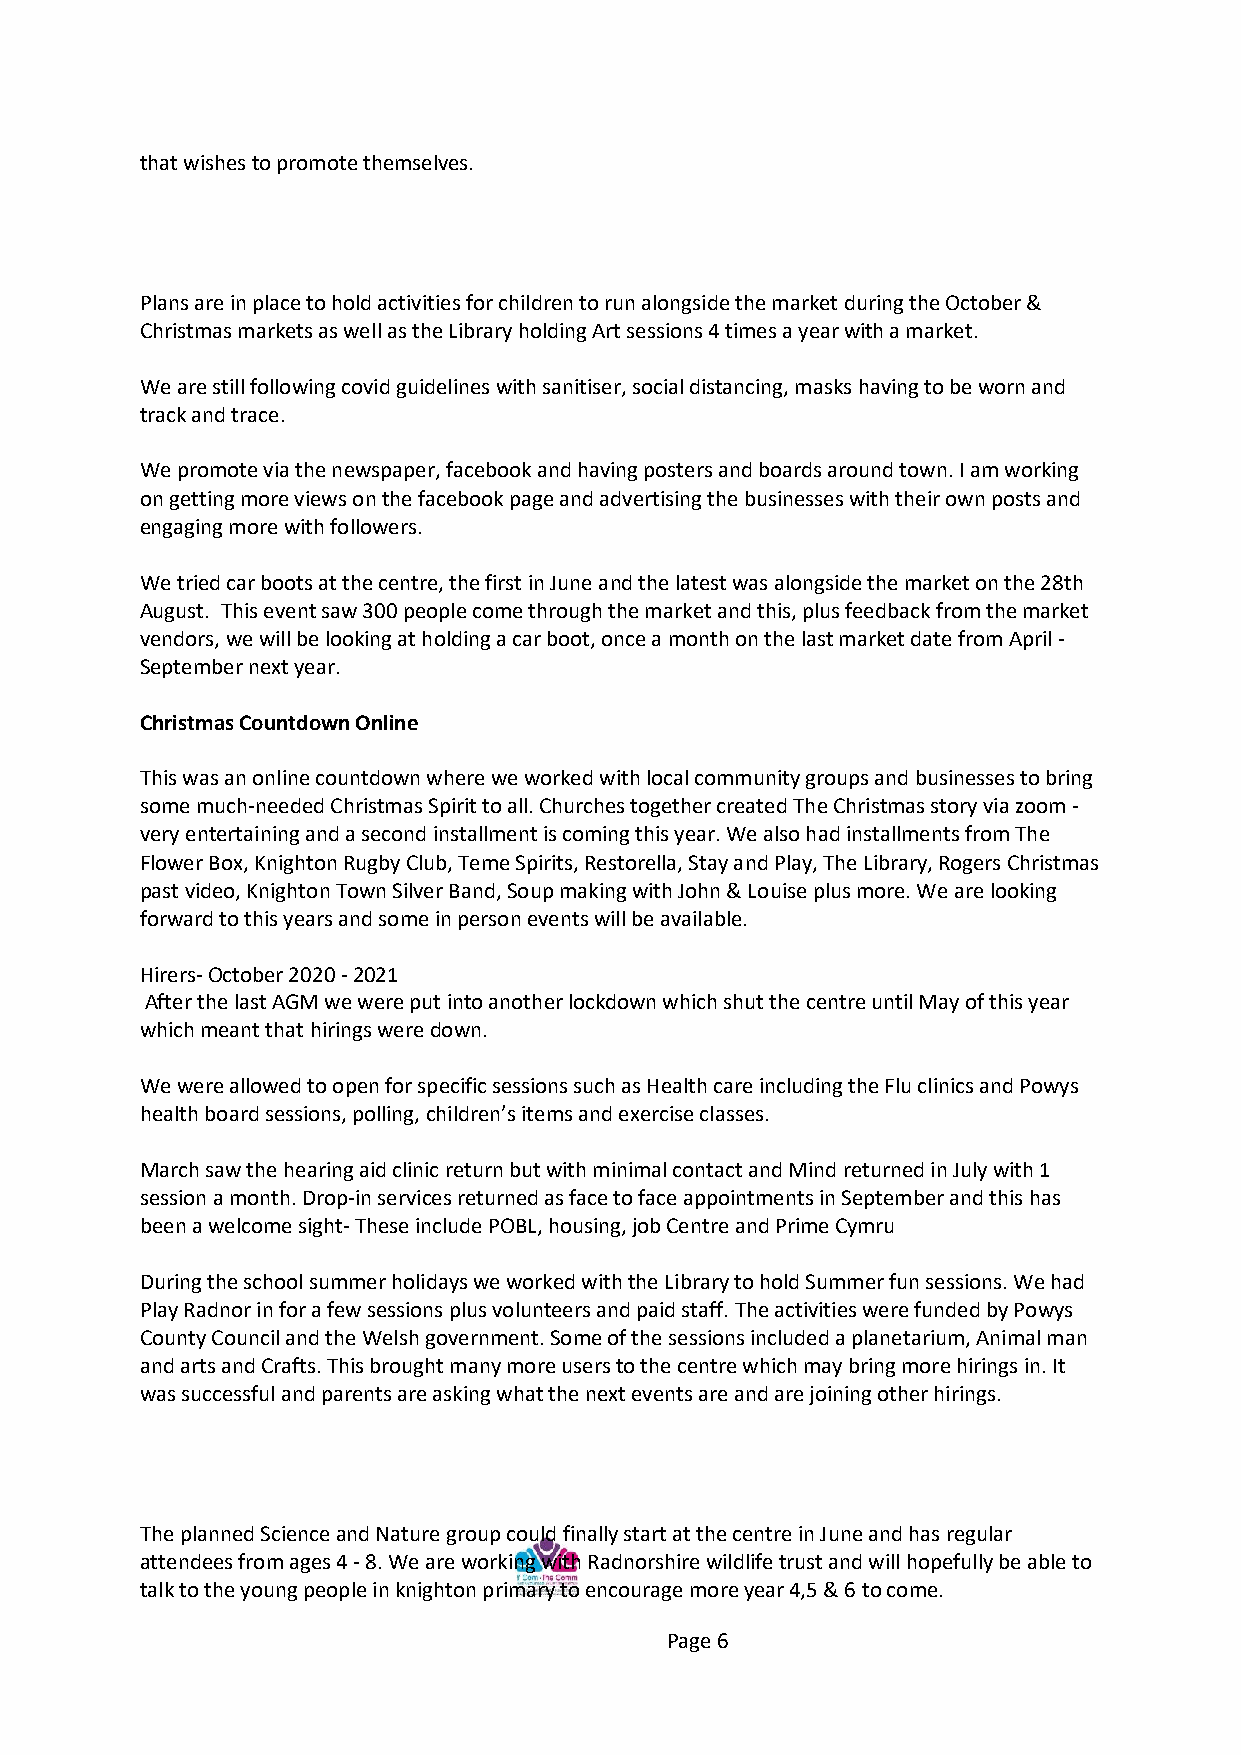
that wishes to promote themselves.
 Plans are in place to hold activities for children to run alongside the market during the October &
 Christmas markets as well as the Library holding Art sessions 4 times a year with a market.
 We are still following covid guidelines with sanitiser, social distancing, masks having to be worn and
 track and trace.
 We promote via the newspaper, facebook and having posters and boards around town. I am working
 on getting more views on the facebook page and advertising the businesses with their own posts and
 engaging more with followers.
 We tried car boots at the centre, the first in June and the latest was alongside the market on the 28th
 August. This event saw 300 people come through the market and this, plus feedback from the market
 vendors, we will be looking at holding a car boot, once a month on the last market date from April -
 September next year.
 Christmas Countdown Online
 This was an online countdown where we worked with local community groups and businesses to bring
 some much-needed Christmas Spirit to all. Churches together created The Christmas story via zoom -
 very entertaining and a second installment is coming this year. We also had installments from The
 Flower Box, Knighton Rugby Club, Teme Spirits, Restorella, Stay and Play, The Library, Rogers Christmas
 past video, Knighton Town Silver Band, Soup making with John & Louise plus more. We are looking
 forward to this years and some in person events will be available.
 Hirers- October 2020 - 2021
 After the last AGM we were put into another lockdown which shut the centre until May of this year
 which meant that hirings were down.
 We were allowed to open for specific sessions such as Health care including the Flu clinics and Powys
 health board sessions, polling, children’s items and exercise classes.
 March saw the hearing aid clinic return but with minimal contact and Mind returned in July with 1
 session a month. Drop-in services returned as face to face appointments in September and this has
 been a welcome sight- These include POBL, housing, job Centre and Prime Cymru
 During the school summer holidays we worked with the Library to hold Summer fun sessions. We had
 Play Radnor in for a few sessions plus volunteers and paid staff. The activities were funded by Powys
 County Council and the Welsh government. Some of the sessions included a planetarium, Animal man
 and arts and Crafts. This brought many more users to the centre which may bring more hirings in. It
 was successful and parents are asking what the next events are and are joining other hirings.
 The planned Science and Nature group could finally start at the centre in June and has regular
 attendees from ages 4 - 8. We are working with Radnorshire wildlife trust and will hopefully be able to
 talk to the young people in knighton primary to encourage more year 4,5 & 6 to come.
 Page 6